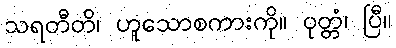
သရတီတိ၊ ဟူသောစကားကို။ ဝုတ္တံ၊ ပြီ။